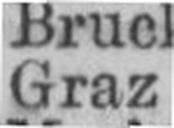
Graz